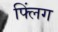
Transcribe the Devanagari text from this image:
फ्लिंग